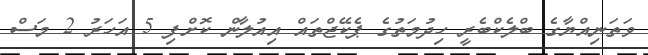
ވަތަނިއްޔާގެ ބްލެކްބެރީ ހިދުމަތުގެ ޕެކޭޖްތައް އިއުލާން ކޮށްފި 5 އަހަރު 2 މަސް